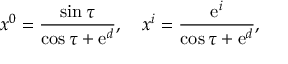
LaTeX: x ^ { 0 } = \frac { \sin \tau } { \cos \tau + \mathrm { e } ^ { d } } , \ \ \ x ^ { i } = \frac { \mathrm { e } ^ { i } } { \cos \tau + \mathrm { e } ^ { d } } ,